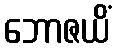
ဘောဇယိံ